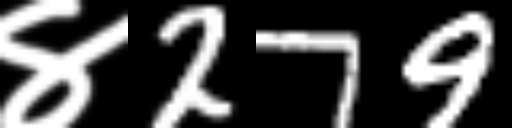
Text: ४279